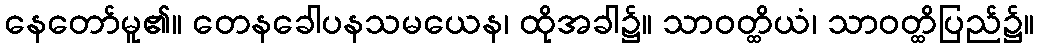
နေတော်မူ၏။ တေနခေါပနသမယေန၊ ထိုအခါ၌။ သာဝတ္ထိယံ၊ သာဝတ္ထိပြည်၌။